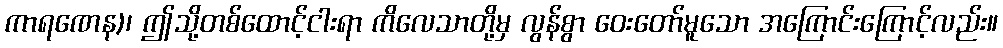
ကာရဏေန)၊ ဤသို့တစ်ထောင့်ငါးရာ ကိလေသာတို့မှ လွန်စွာ ဝေးတော်မူသော အကြောင်းကြောင့်လည်း။